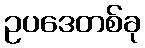
ဥပဒေတစ်ခု